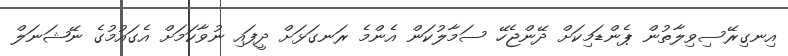
އިނގިރޭސިވިލާތުން ޕެންޑަމިކަށް ދޭންޖެހޭ ސަމާލުކަން އެންމެ ރަނގަޅަށް ދީފައި ނުވާކަމަށް އެގައުމުގެ ނޭޝަނަލް